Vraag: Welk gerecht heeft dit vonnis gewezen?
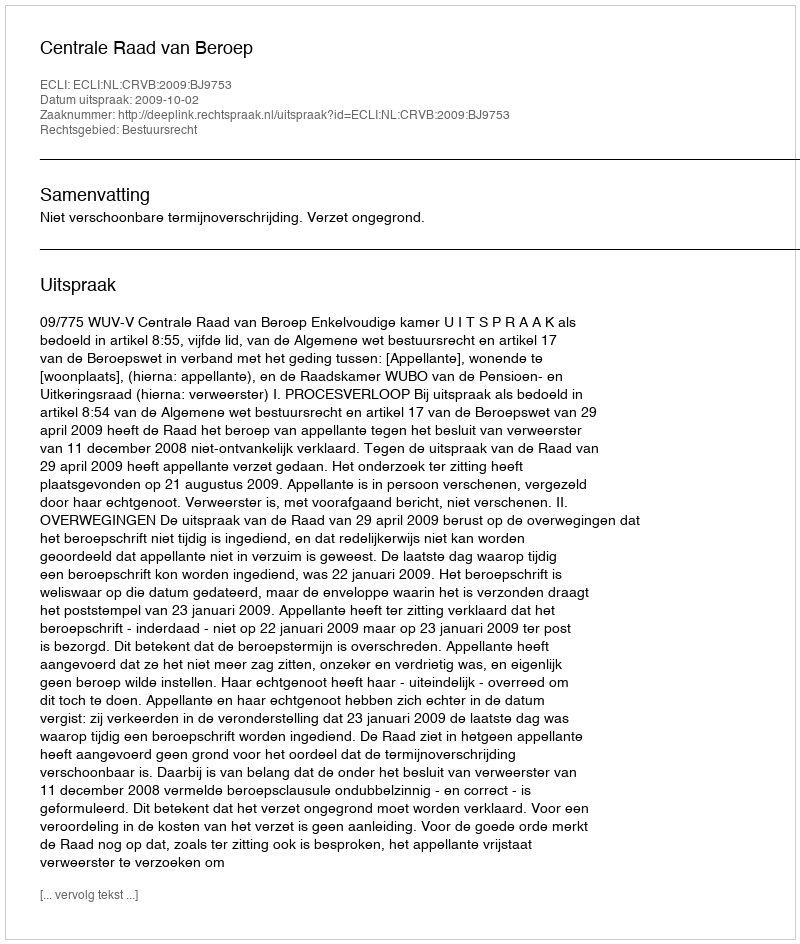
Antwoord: Centrale Raad van Beroep